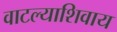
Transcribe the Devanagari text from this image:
वाटल्याशिवाय